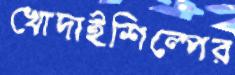
খোদাইশিল্পের